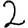
Digit: 2